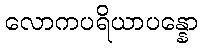
လောကပရိယာပန္နော